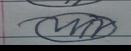
Signature authenticity: forged